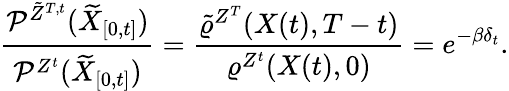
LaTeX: \frac{\mathcal{P}^{\tilde{Z}^{T,t}}(\widetilde{X}_{[0,t]})}{\mathcal{P}^{Z^{t}}(\widetilde{X}_{[0,t]})}=\frac{\tilde{\varrho}^{Z^{T}}(X(t),T-t)}{\varrho^{Z^{t}}(X(t),0)}=e^{-\beta\delta_{t}}.